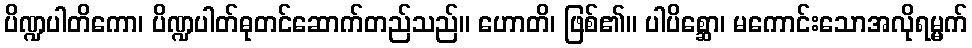
ပိဏ္ဍပါတိကော၊ ပိဏ္ဍပါတ်ဓုတင်ဆောက်တည်သည်။ ဟောတိ၊ ဖြစ်၏။ ပါပိစ္ဆော၊ မကောင်းသောအလိုရမ္မက်